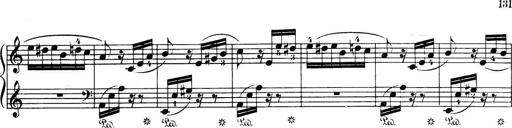
Title: 32 Sonatinas and Rondos for the Piano
Composer: Richard Kleinmichel